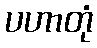
ပဟာတုံ